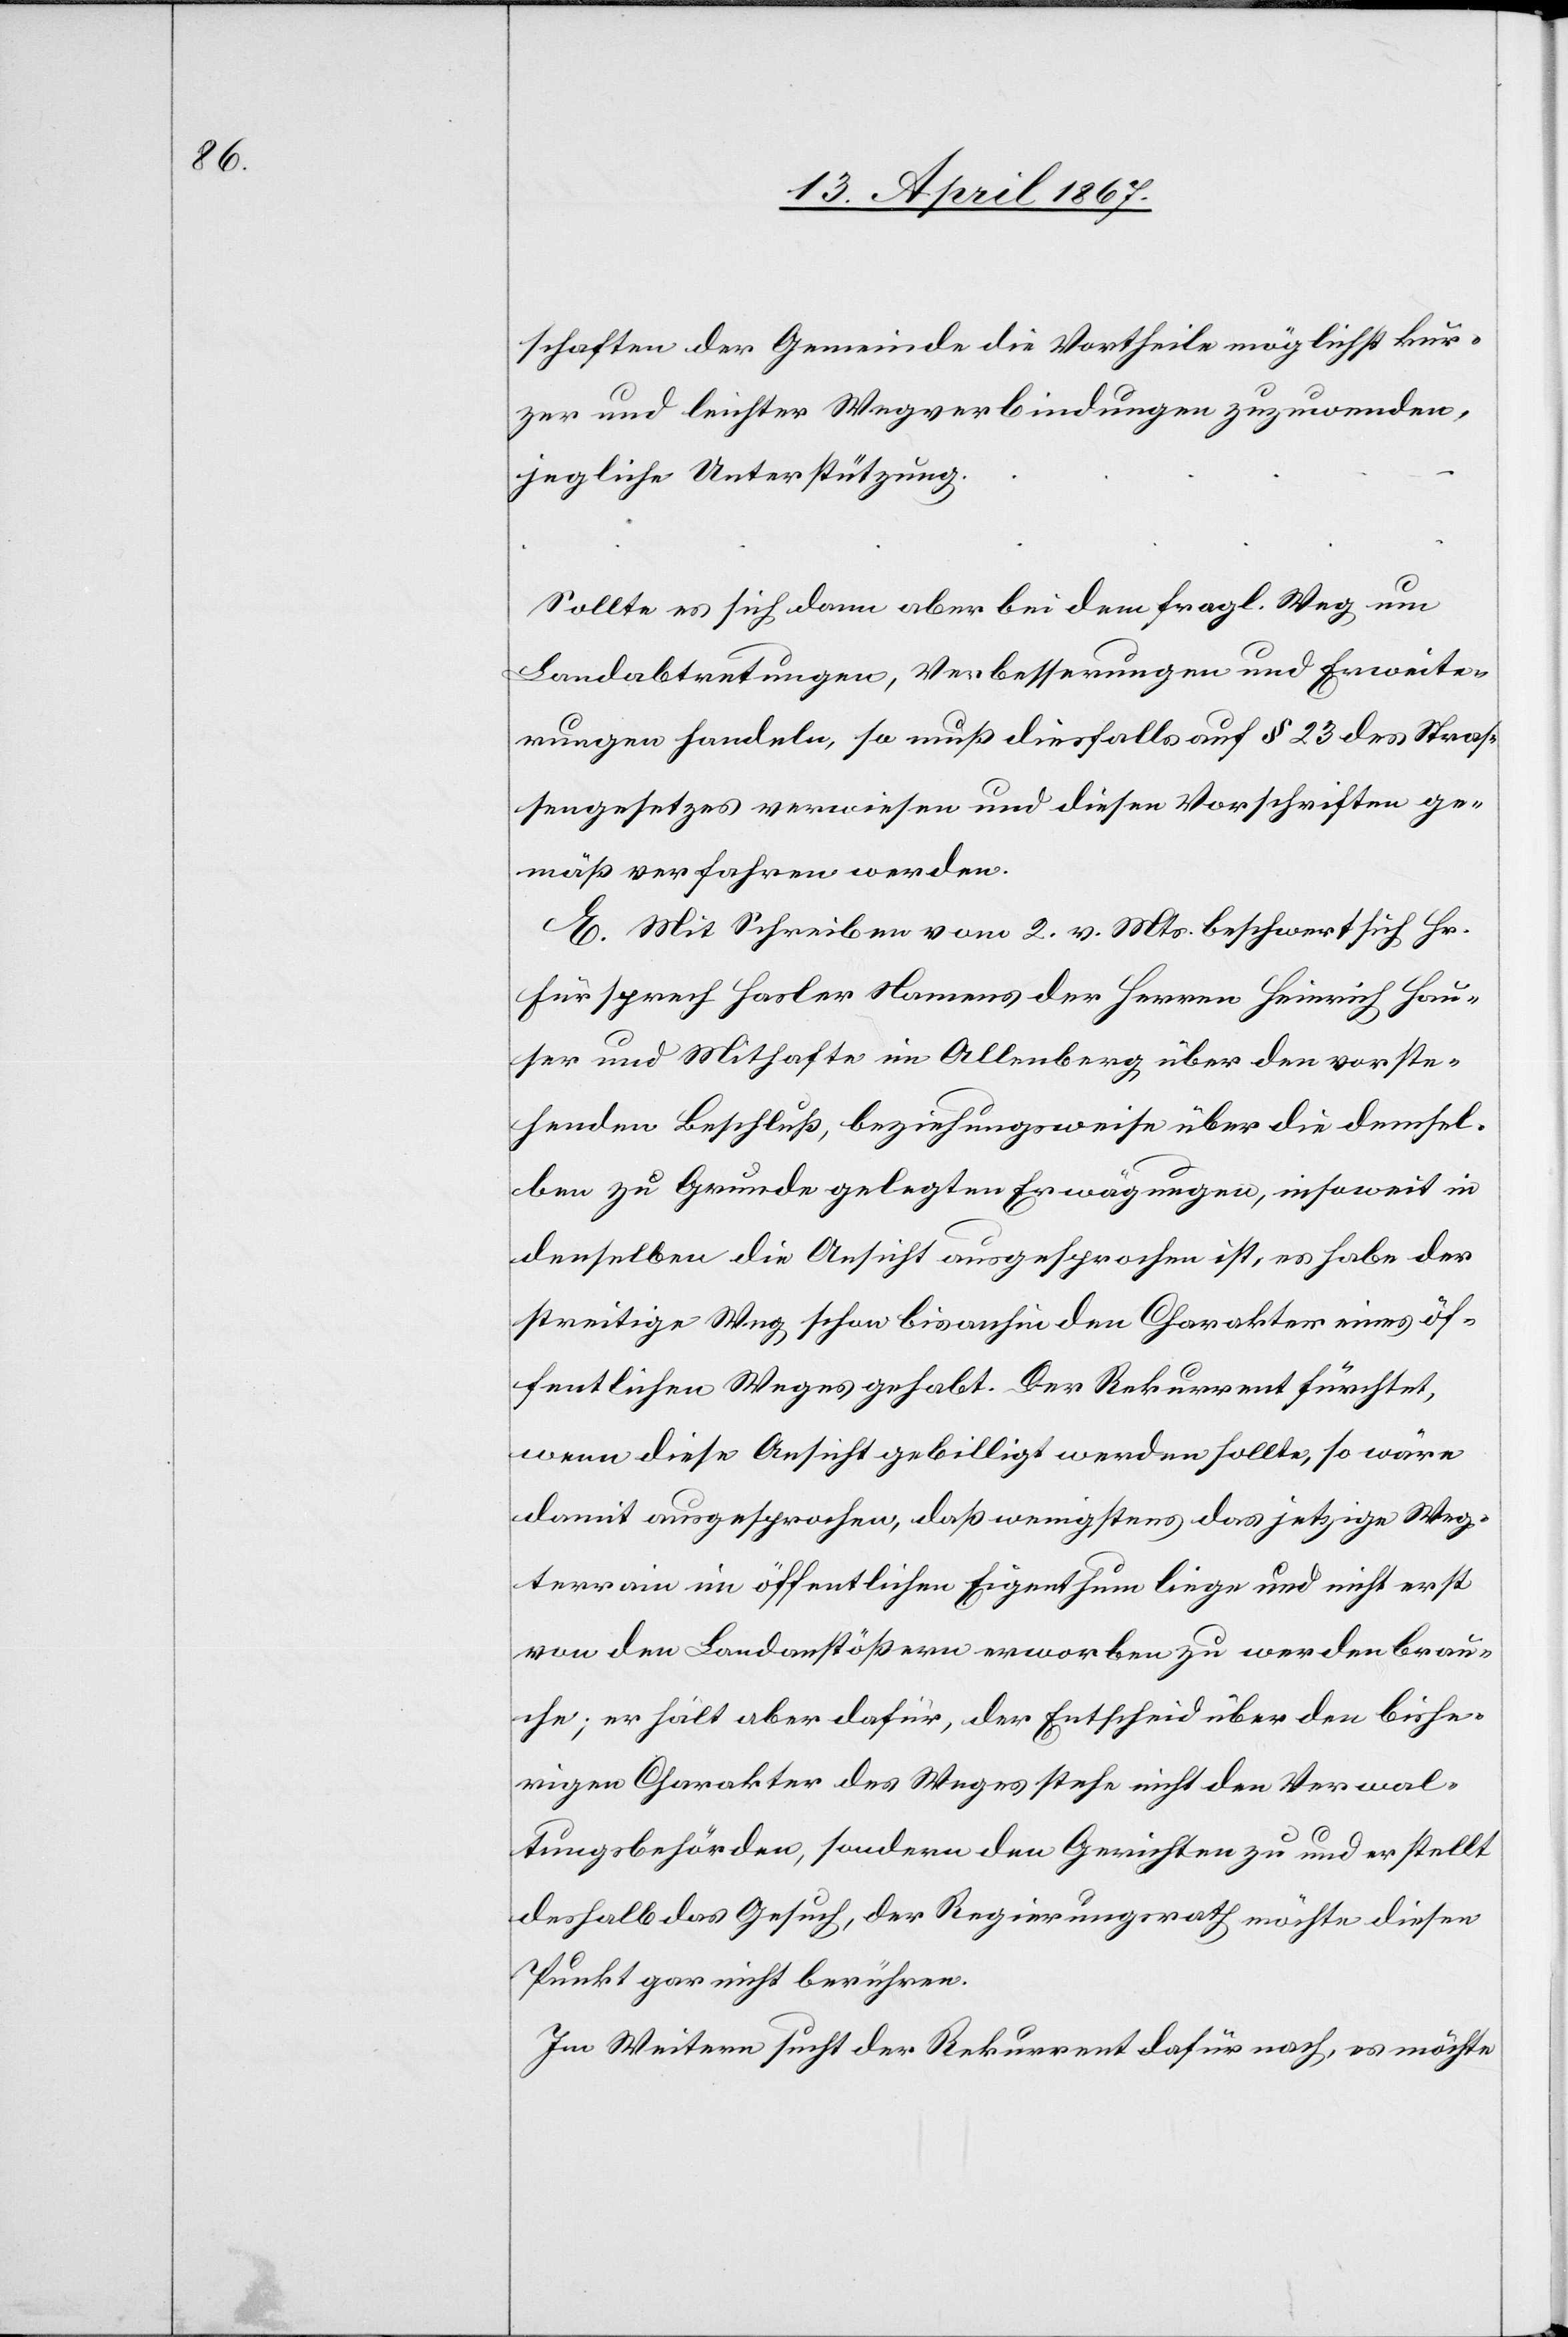
schaften der Gemeinde die Vortheile möglichst kur¬
zer und leichter Wegverbindungen zuzuordnen,
jegliche Unterstützung …
Sollte es sich dann aber bei dem fragl. Weg um
Landabtretungen, Verbesserungen und Erweite¬
rungen handeln, so muß diesfalls auf § 23 des Stras¬
sengesetzes verwiesen und diesen Vorschriften ge¬
mäß verfahren werden.
E. Mit Schreiben vom 2. v. Mts. beschwert sich Hr.
Fürsprech Hasler Namens der Herren Heinrich Hau¬
ser und Mithafte in Allenberg, über den vorste¬
henden Beschluß, beziehungsweise über die demsel¬
ben zu Grunde gelegten Erwägungen, insoweit in
denselben die Ansicht ausgesprochen ist, es habe der
streitige Weg schon bisanhin den Charakter eines öf¬
fentlichen Weges gehabt. Der Rekurrent fürchtet,
wenn diese Ansicht gebilligt werden sollte, so wäre
damit ausgesprochen, daß wenigstens das jetzige Weg¬
terrain im öffentlichen Eigenthum liege und nicht erst
von den Landanstößern erworben werden brau¬
che; er hält aber dafür, der Entscheid über den bishe¬
rigen Charakter des Weges stehe nicht den Verwal¬
tungsbehörden, sondern den Gerichten zu und er stellt
deshalb das Gesuch, der Regierungsrath möchte diesen
Punkt nicht berühren.
Im Weitern sucht der Rekurrent dafür nach, es möchte